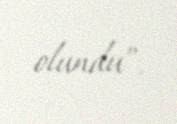
olundu”.